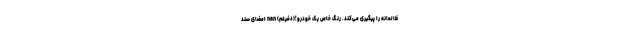
ظالمانه را پیگیری می‌کند. رنگ خاص یک خودرو!(+فیلم) nan امضای سند